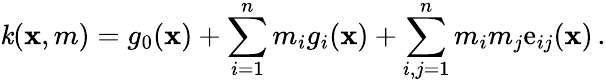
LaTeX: \mathit{k}(\mathbf{x},m)=g_{0}(\mathbf{x})+\sum_{i=1}^{n}m_{i}g_{i}(\mathbf{x})+\sum_{i,j=1}^{n}m_{i}m_{j}\mathrm{e}_{ij}(\mathbf{x})\, .